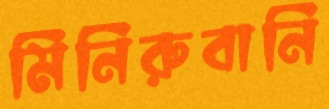
মিনিরুবানি